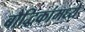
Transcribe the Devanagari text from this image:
बौद्धिकांमध्ये